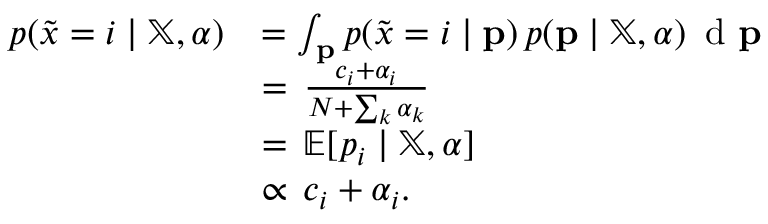
{ \begin{array} { r l } { p ( { \tilde { x } } = i \mid \mathbb { X } , { \boldsymbol { \alpha } } ) } & { = \int _ { \mathbf { p } } p ( { \tilde { x } } = i \mid \mathbf { p } ) \, p ( \mathbf { p } \mid \mathbb { X } , { \boldsymbol { \alpha } } ) \, { \textrm { d } } \mathbf { p } } \\ & { = \, { \frac { c _ { i } + \alpha _ { i } } { N + \sum _ { k } \alpha _ { k } } } } \\ & { = \, \mathbb { E } [ p _ { i } \mid \mathbb { X } , { \boldsymbol { \alpha } } ] } \\ & { \propto \, c _ { i } + \alpha _ { i } . } \end{array} }